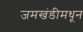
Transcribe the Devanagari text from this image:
जमखंडीमधून